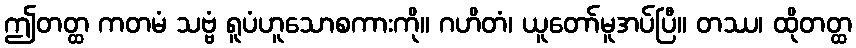
ဤတတ္ထ ကတမံ သဗ္ဗံ ရူပံဟူသောစကားကို။ ဂဟိတံ၊ ယူတော်မူအပ်ပြီ။ တဿ၊ ထိုတတ္ထ